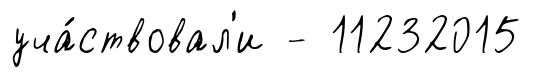
уча́ствовал'и - 11232015